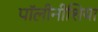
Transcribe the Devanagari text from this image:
पॉलीनीशिया